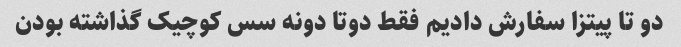
دو تا پیتزا سفارش دادیم فقط دوتا دونه سس کوچیک گذاشته بودن